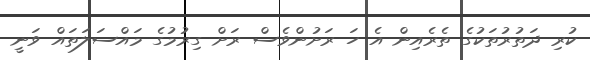
ކުރި ދަތުރުތަކުގެ ތެރެއިން އެ ހަ ރަށުންވެސް ރަށް ގިރުމުގެ މައްސަލަތައް ވަނީ